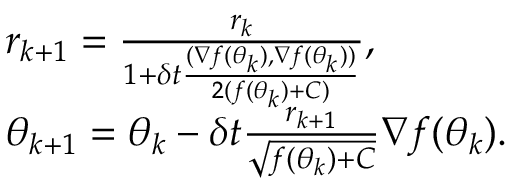
\begin{array} { r l } & { r _ { k + 1 } = \frac { r _ { k } } { 1 + \delta t \frac { ( \nabla f ( \theta _ { k } ) , \nabla f ( \theta _ { k } ) ) } { 2 ( f ( \theta _ { k } ) + C ) } } , } \\ & { \theta _ { k + 1 } = \theta _ { k } - { \delta t } \frac { r _ { k + 1 } } { \sqrt { f ( \theta _ { k } ) + C } } \nabla f ( \theta _ { k } ) . } \end{array}